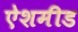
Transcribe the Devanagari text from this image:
ऐशमीड